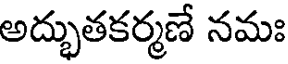
అద్భుతకర్మణే నమః